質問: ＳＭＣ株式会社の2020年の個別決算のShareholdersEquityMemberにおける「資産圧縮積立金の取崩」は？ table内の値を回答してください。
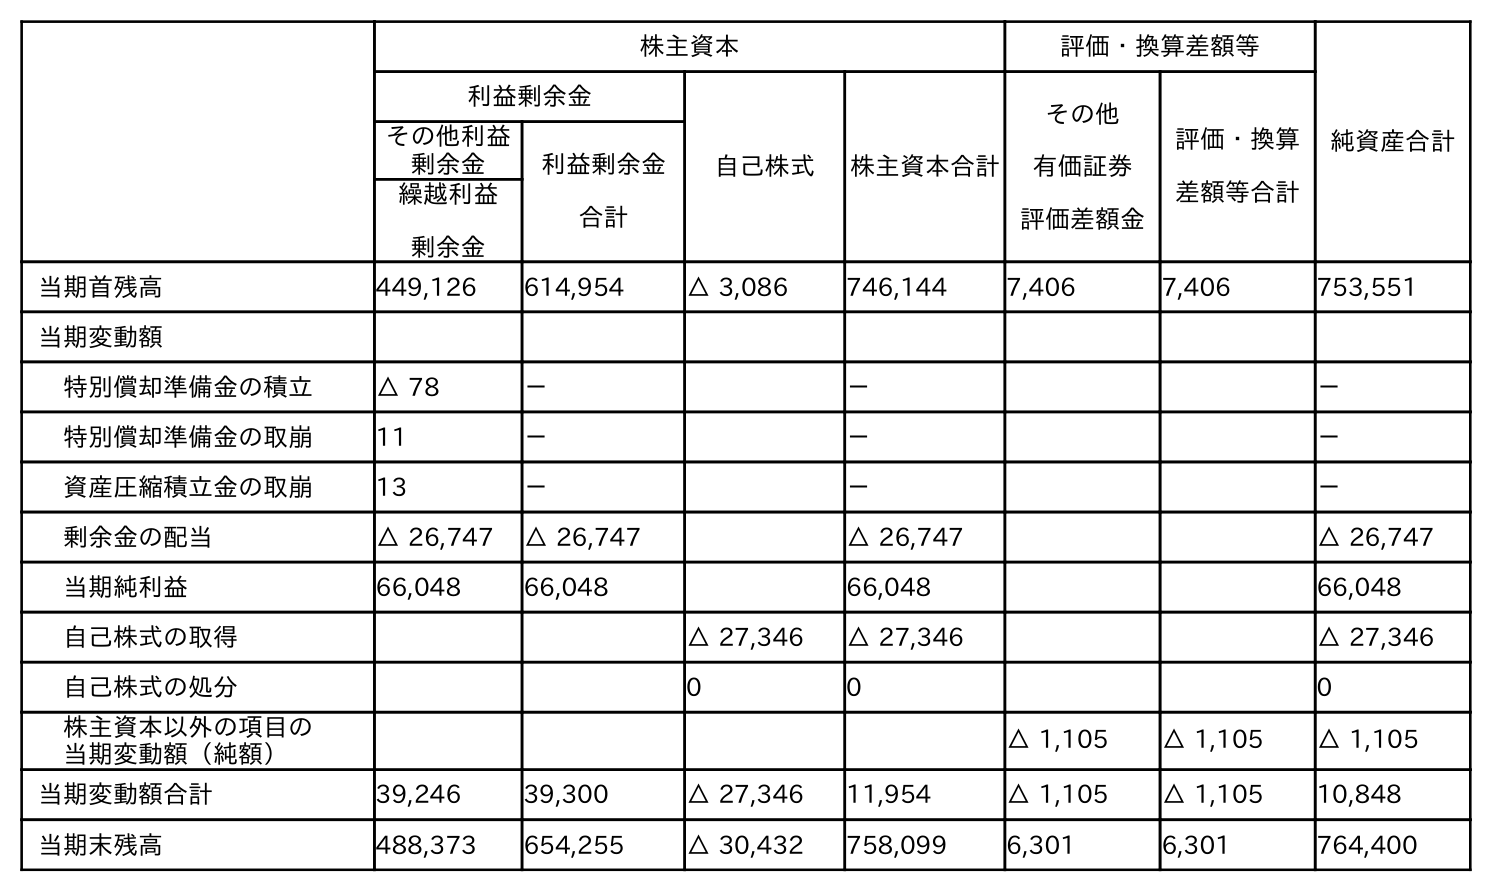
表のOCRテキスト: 株主資本 評価・換算差額等 純資産合計 利益剰余金 自己株式 株主資本合計 その他 有価証券 評価差額金 評価・換算 差額等合計 その他利益 剰余金 利益剰余金 合計 繰越利益 剰余金 当期首残高 449,126 614,954 △ 3,086 746,144 7,406 7,406 753,551 当期変動額 特別償却準備金の積立 △ 78 － － － 特別償却準備金の取崩 11 － － － 資産圧縮積立金の取崩 13 － － － 剰余金の配当 △ 26,747 △ 26,747 △ 26,747 △ 26,747 当期純利益 66,048 66,048 66,048 66,048 自己株式の取得 △ 27,346 △ 27,346 △ 27,346 自己株式の処分 0 0 0 株主資本以外の項目の 当期変動額（純額） △ 1,105 △ 1,105 △ 1,105 当期変動額合計 39,246 39,300 △ 27,346 11,954 △ 1,105 △ 1,105 10,848 当期末残高 488,373 654,255 △ 30,432 758,099 6,301 6,301 764,400
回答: －